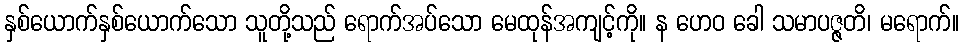
နှစ်ယောက်နှစ်ယောက်သော သူတို့သည် ရောက်အပ်သော မေထုန်အကျင့်ကို။ န ဟေဝ ခေါ သမာပဇ္ဇတိ၊ မရောက်။